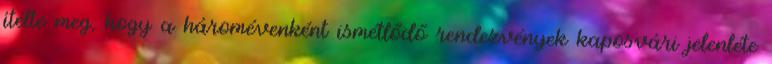
ítélte meg, hogy a háromévenként ismétlődő rendezvények kaposvári jelenléte